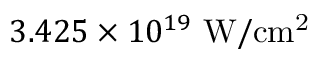
3 . 4 2 5 \times 1 0 ^ { 1 9 } \ \mathrm { W / c m ^ { 2 } }